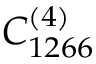
C _ { 1 2 6 6 } ^ { ( 4 ) }